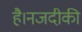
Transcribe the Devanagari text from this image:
है।नजदीकी